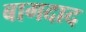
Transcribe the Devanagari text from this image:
बागदाद